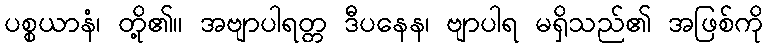
ပစ္စယာနံ၊ တို့၏။ အဗျာပါရတ္တ ဒီပနေန၊ ဗျာပါရ မရှိသည်၏ အဖြစ်ကို